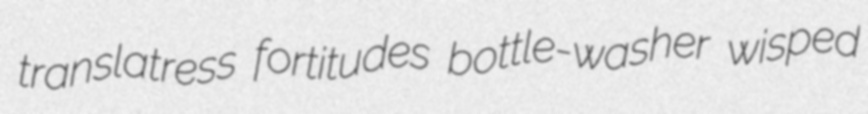
translatress fortitudes bottle-washer wisped